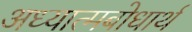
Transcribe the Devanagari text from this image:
अध्यात्मबोधार्थ